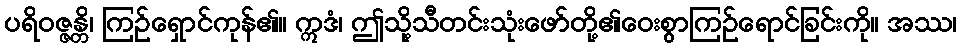
ပရိဝဇ္ဇန္တိ၊ ကြဉ်ရှောင်ကုန်၏။ ဣဒံ၊ ဤသို့သီတင်းသုံးဖော်တို့၏ဝေးစွာကြဉ်ရောင်ခြင်းကို။ အဿ၊